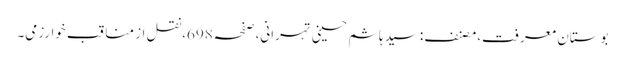
بوستانِ معرفت،مصنف:سید ہاشم حسینی تہرانی،صفحہ698،نقل از مناقب ِخوارزمی۔